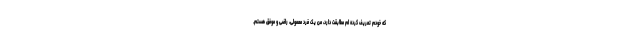
که خودم تعریف کرده ام مطابقت دارد، من یک فرد معمولی، راضی و موفق هستم.